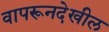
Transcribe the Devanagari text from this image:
वापरूनदेखील